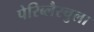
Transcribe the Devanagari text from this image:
पेरिब्लैस्चुला